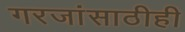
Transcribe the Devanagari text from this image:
गरजांसाठीही